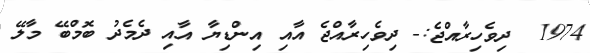
1974  ދިވެހިރާއްޖެ:- ދިވެހިރާއްޖެ އާއި އިންޑިޔާ އާއި ދެމެދު ބޮމްބޭ މާލޭ